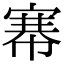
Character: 𢄏